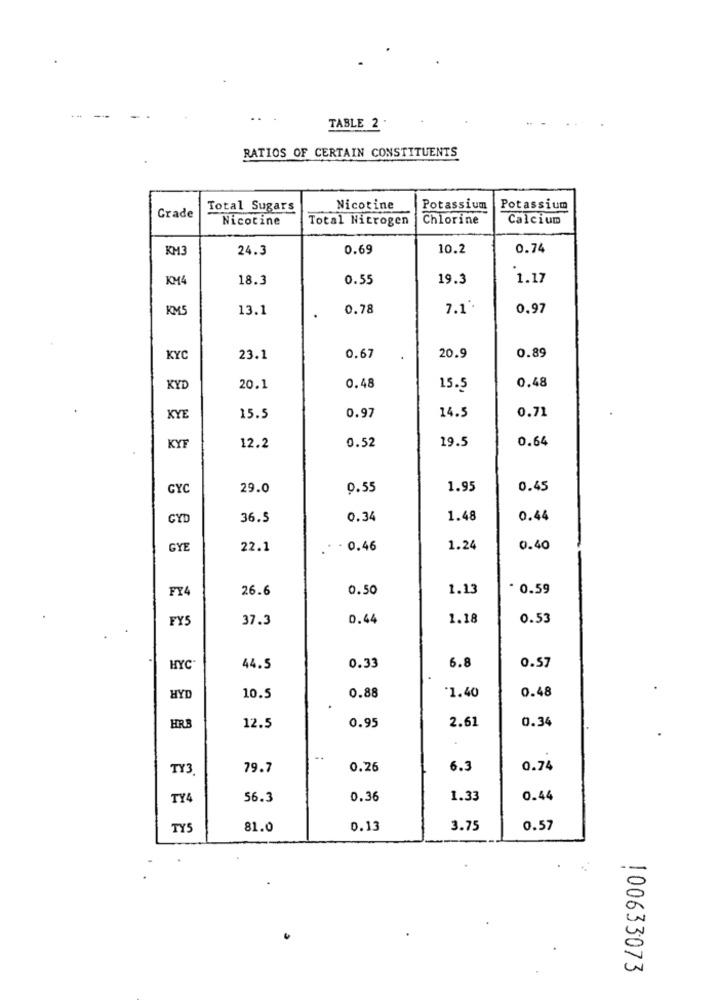
TABLE 2 .
RATIOS OF CERTAIN CONSTITUENTS
Grade
Total Sugars
Nicotine
Potassium
Potassium
Nicotine
Total Nitrogen
Chlorine
Calcium
KM
24.3
0.69
10.2
0.74
KM
18.3
0.55
19.3
1.17
KM5
13.1
0.78
7.1'.
0.97
0.89
KYC
23.1
0.67
20.9
KYD
20.1
0.48
15.5
0.48
14.5
0.71
KYE
15.5
0.97
12.2
0.52
19.5
0.64
KYF
GYC
29.0
0.55
1.95
0.45
CY
36.5
0.34
1.48
0.44
GYE
22.1
0.46
1.24
0.40
FY4
26.6
0.50
1.13
* 0.59
FYS
37.3
0.44
1.18
0.53
0.57
HYC"
44.5
0.33
6.8
0.88
*1.40
0.48
HYD
10.5
2.61
0.34
HRB
12.5
0.95
-.
TY3
79.7
0.26
6.3
0.74
TY4
56.3
0.36
1.33
0.44
TYS
81.0
0.13
3.75
0.57
100633073